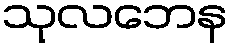
သုလဘေန